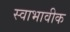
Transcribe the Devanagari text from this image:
स्वाभावीक